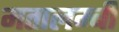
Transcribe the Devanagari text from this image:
मतालम्बी